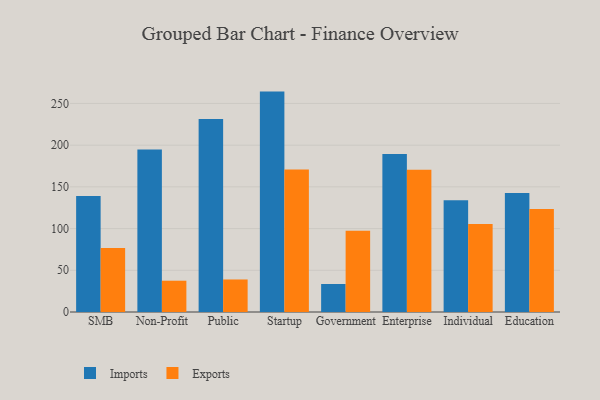
{"axis": {"x": "Segment", "y": "Backlog"}, "legend": ["Exports", "Imports"], "data": [{"x": "SMB", "y": 139.1, "type": "Imports"}, {"x": "SMB", "y": 76.8, "type": "Exports"}, {"x": "Non-Profit", "y": 194.7, "type": "Imports"}, {"x": "Non-Profit", "y": 37.5, "type": "Exports"}, {"x": "Public", "y": 231.3, "type": "Imports"}, {"x": "Public", "y": 39.0, "type": "Exports"}, {"x": "Startup", "y": 264.2, "type": "Imports"}, {"x": "Startup", "y": 170.9, "type": "Exports"}, {"x": "Government", "y": 33.6, "type": "Imports"}, {"x": "Government", "y": 97.4, "type": "Exports"}, {"x": "Enterprise", "y": 189.5, "type": "Imports"}, {"x": "Enterprise", "y": 170.6, "type": "Exports"}, {"x": "Individual", "y": 133.9, "type": "Imports"}, {"x": "Individual", "y": 105.4, "type": "Exports"}, {"x": "Education", "y": 142.7, "type": "Imports"}, {"x": "Education", "y": 123.6, "type": "Exports"}]}